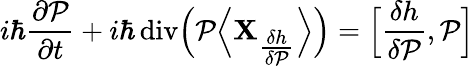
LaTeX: i\hbar\frac{\partial\cal P}{\partial t}+i\hbar\operatorname{div}\! \Big({\cal P}\Big\langle{\mathbf{X}}_{\textstyle\frac{\delta h}{\delta{\cal P}}}\Big\rangle\Big)=\Big[\frac{\delta h}{\delta{\cal P}},{\cal P}\Big]